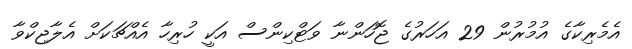
އެމެރިކާގެ އުމުރުން 29 އަހަރުގެ ޖޮހަންނާ ވަޓްކިންސް އަކީ ހުރިހާ އެއްޗަކަށް އެލާޖިކްވާ